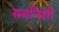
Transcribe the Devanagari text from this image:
सबनिशी